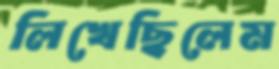
লিখেছিলেম